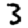
Digit: 3